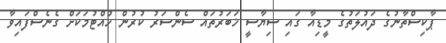
ޕާކިސްތާނުގެ ދައުލަތުގެ މީޑިއާ ގައި ސިޔާސީ ޚަބަރުތައް ސެންސަރު ކުރުން ހުއްޓުމަކަށް ގެނެސްފައިވާ